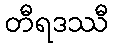
တီရဒဿီ